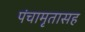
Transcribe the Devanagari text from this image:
पंचामृतासह